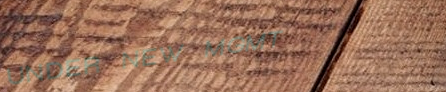
UNDER NEW MGMT